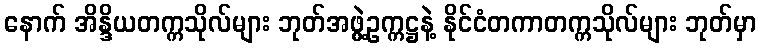
နောက် အိန္ဒိယတက္ကသိုလ်များ ဘုတ်အဖွဲ့ဥက္ကဋ္ဌနဲ့ နိုင်ငံတကာတက္ကသိုလ်များ ဘုတ်မှာ